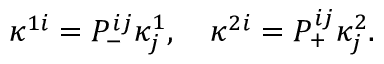
\kappa ^ { 1 i } = P _ { - } ^ { i j } \kappa _ { j } ^ { 1 } , \quad \kappa ^ { 2 i } = P _ { + } ^ { i j } \kappa _ { j } ^ { 2 } .